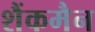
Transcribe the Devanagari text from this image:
शैंकमैन